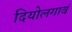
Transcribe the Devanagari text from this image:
दियोलगावं